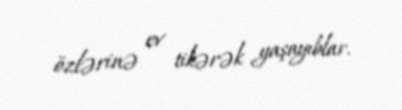
özlərinə ev tikərək yaşayıblar.